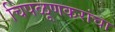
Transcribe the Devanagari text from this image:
चिपळूणकरांचा